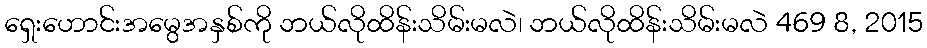
ရှေးဟောင်းအမွေအနှစ်ကို ဘယ်လိုထိန်းသိမ်းမလဲ၊ ဘယ်လိုထိန်းသိမ်းမလဲ 469 8, 2015